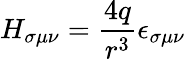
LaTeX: H_{\sigma\mu\nu}=\frac{4q}{r^{3}}\epsilon_{\sigma\mu\nu}